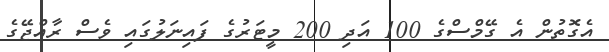
އެގޮތުން އެ ގޭމްސްގެ 100 އަދި 200 މީޓަރުގެ ފައިނަލުގައި ވެސް ރާއްޖޭގެ